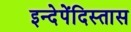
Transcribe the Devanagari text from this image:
इन्देपेंदिस्तास